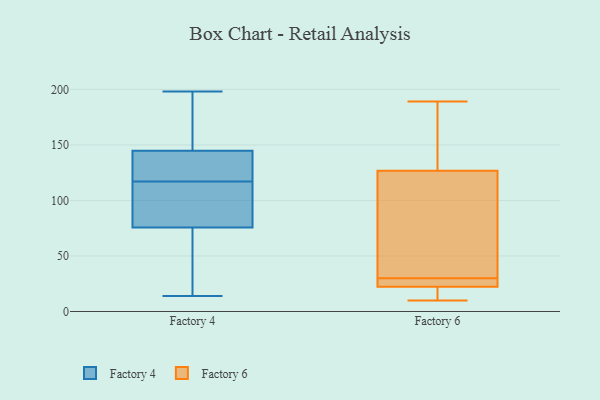
{"axis": {"x": "Backlog", "y": "Value"}, "legend": ["Factory 4", "Factory 6"], "data": [{"x": "", "y": 94, "type": "Factory 4"}, {"x": "", "y": 14, "type": "Factory 4"}, {"x": "", "y": 138, "type": "Factory 4"}, {"x": "", "y": 176, "type": "Factory 4"}, {"x": "", "y": 21, "type": "Factory 4"}, {"x": "", "y": 136, "type": "Factory 4"}, {"x": "", "y": 117, "type": "Factory 4"}, {"x": "", "y": 113, "type": "Factory 4"}, {"x": "", "y": 81, "type": "Factory 4"}, {"x": "", "y": 147, "type": "Factory 4"}, {"x": "", "y": 74, "type": "Factory 4"}, {"x": "", "y": 17, "type": "Factory 4"}, {"x": "", "y": 149, "type": "Factory 4"}, {"x": "", "y": 130, "type": "Factory 4"}, {"x": "", "y": 198, "type": "Factory 4"}, {"x": "", "y": 23, "type": "Factory 6"}, {"x": "", "y": 189, "type": "Factory 6"}, {"x": "", "y": 57, "type": "Factory 6"}, {"x": "", "y": 96, "type": "Factory 6"}, {"x": "", "y": 147, "type": "Factory 6"}, {"x": "", "y": 120, "type": "Factory 6"}, {"x": "", "y": 24, "type": "Factory 6"}, {"x": "", "y": 20, "type": "Factory 6"}, {"x": "", "y": 10, "type": "Factory 6"}, {"x": "", "y": 23, "type": "Factory 6"}, {"x": "", "y": 16, "type": "Factory 6"}, {"x": "", "y": 164, "type": "Factory 6"}, {"x": "", "y": 30, "type": "Factory 6"}]}